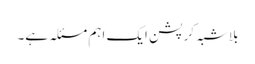
بلاشبہ کرپشن ایک اہم مسئلہ ہے۔